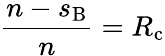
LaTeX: \frac{n-s_{\mathrm{B}}}{n}=R_{\mathrm{c}}